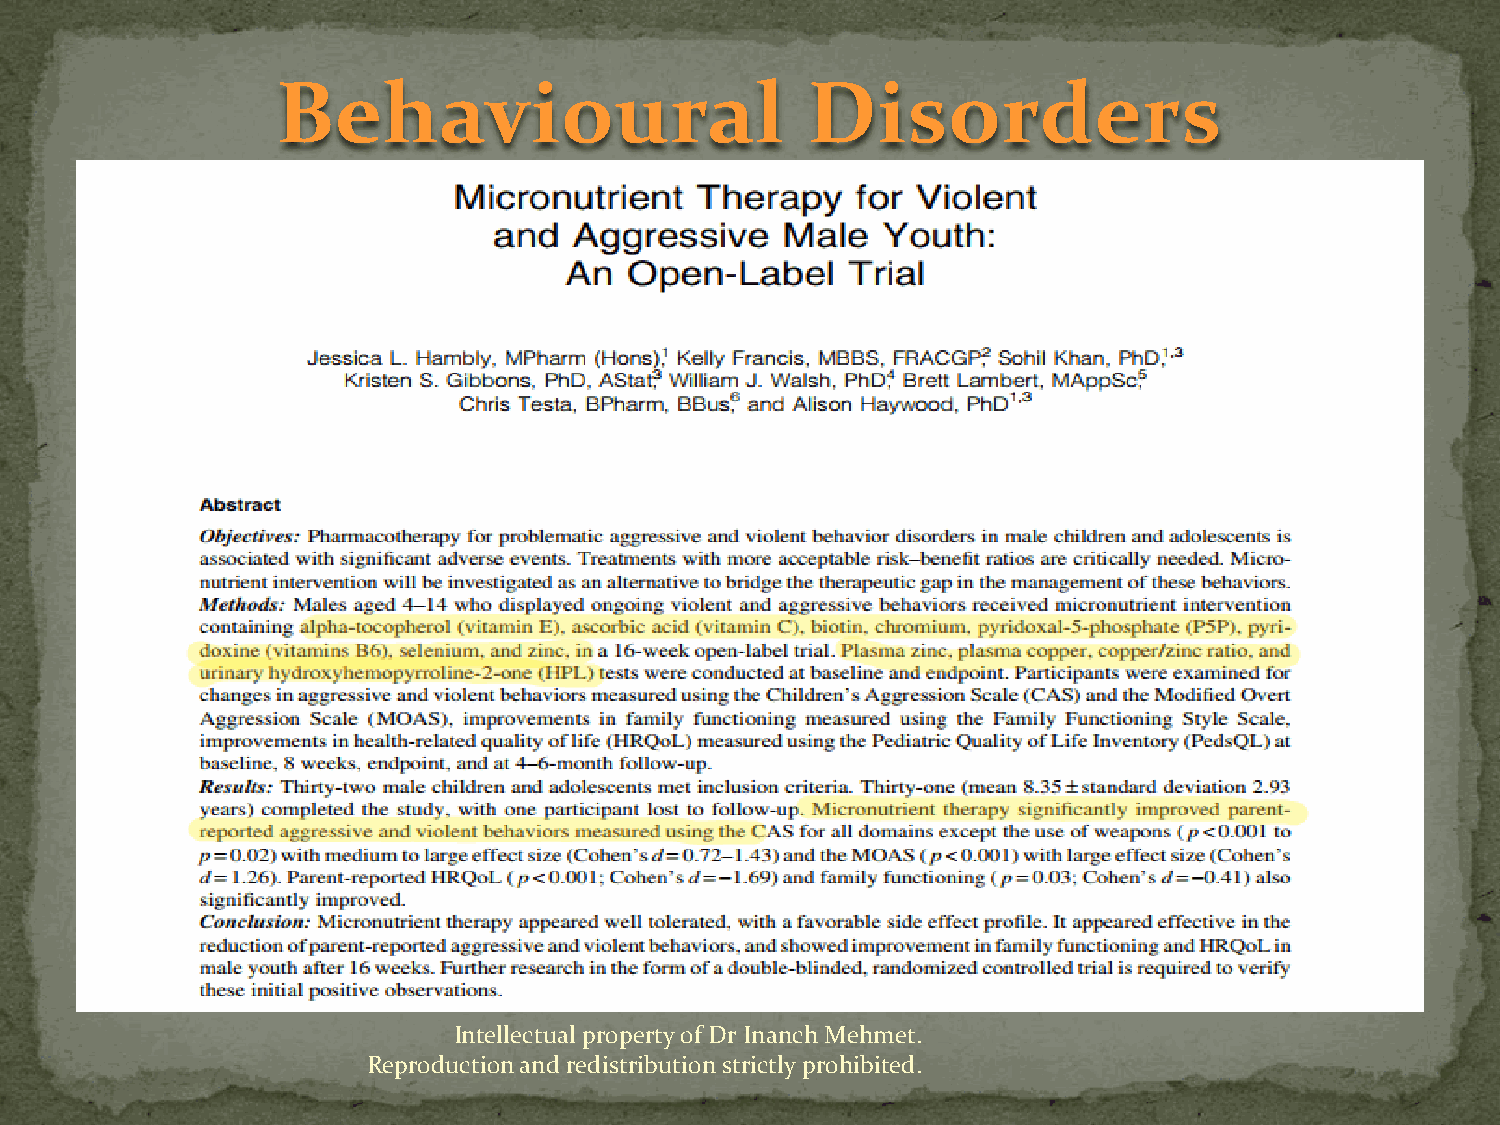
Behavioural                        Disorders
 Intellectual property of Dr Inanch Mehmet.
 Reproduction and redistribution strictly prohibited.